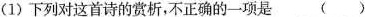
(1)下列对这首诗的赏析，不正确的一项是 ( )